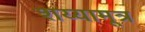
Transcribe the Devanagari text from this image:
शय्यामूत्र